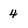
Character: 4